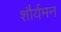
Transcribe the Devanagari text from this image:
शौर्यमन